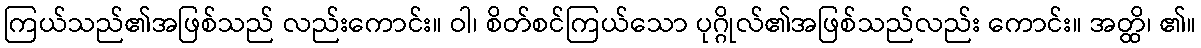
ကြယ်သည်၏အဖြစ်သည် လည်းကောင်း။ ဝါ၊ စိတ်စင်ကြယ်သော ပုဂ္ဂိုလ်၏အဖြစ်သည်လည်း ကောင်း။ အတ္ထိ၊ ၏။